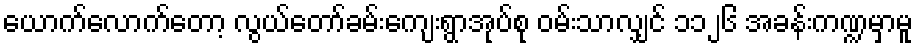
ယောက်လောက်တော့ လွယ်တော်ခမ်းကျေးရွာအုပ်စု ဝမ်းသာလျှင် ၁၁၂၆ အခန်းကဏ္ဍမှာမူ